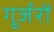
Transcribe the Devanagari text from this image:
गूर्जरों